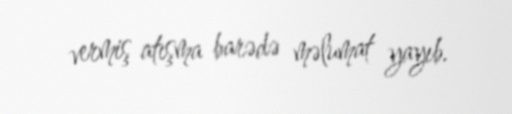
vermiş atışma barədə məlumat yayıb.